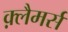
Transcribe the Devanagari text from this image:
क़्लैमर्स